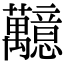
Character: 䖁